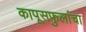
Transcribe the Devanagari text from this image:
कापूसफुलांचा